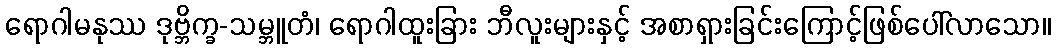
ရောဂါမနုဿ ဒုဗ္ဘိက္ခ-သမ္ဘူတံ၊ ရောဂါထူးခြား ဘီလူးများနှင့် အစာရှားခြင်းကြောင့်ဖြစ်ပေါ်လာသော။